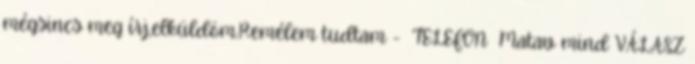
mégsincs meg írj,elküldöm.Remélem tudtam - TELEFON Matav mind VÁLASZ